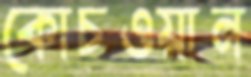
কোচওয়ান